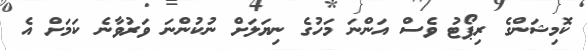
ކޮމިޝަންގެ ރިޕޯޓު ވެސް އަންނަ މަހުގެ ނިޔަލަށް ނުކުންނަ ވަރުވާނެ ކަމަށް އެ